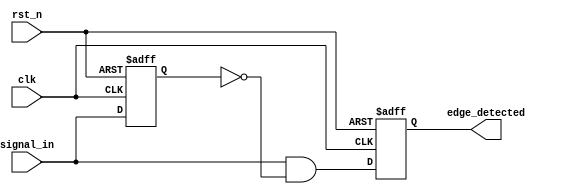
module edge_detector (
    input wire clk,              // Clock input
    input wire rst_n,            // Asynchronous reset (active low)
    input wire signal_in,        // Input signal to detect rising edge
    output reg edge_detected     // Output signal indicating edge detection
);

// Internal signal to hold the previous state of the input signal
reg signal_in_prev;

// On each positive edge of the clock or on reset
always @(posedge clk or negedge rst_n) begin
    if (!rst_n) begin
        // Asynchronous reset
        signal_in_prev <= 1'b0;
        edge_detected <= 1'b0;
    end else begin
        // Edge detection logic
        edge_detected <= (signal_in && !signal_in_prev);
        // Update the previous state to the current state
        signal_in_prev <= signal_in;
    end
end

endmodule